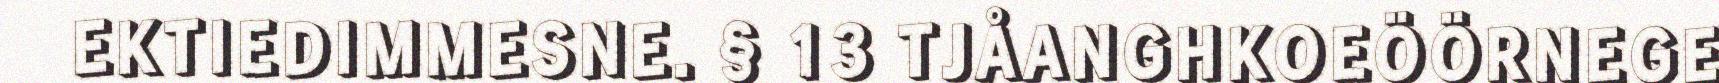
EKTIEDIMMESNE. § 13 TJÅANGHKOEÖÖRNEGE